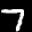
Label: 7